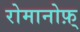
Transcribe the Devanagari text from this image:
रोमानोफ़्